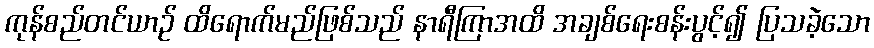
ကုန်စည်တင်ယာဉ် ထိရောက်မည်ဖြစ်သည် နာရီကြာအထိ အချစ်ရေးစန်းပွင့်၍ ပြသခဲ့သော